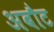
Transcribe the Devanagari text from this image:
अबौट